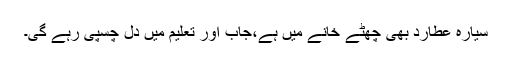
سیارہ عطارد بھی چھٹے خانے میں ہے،جاب اور تعلیم میں دل چسپی رہے گی۔